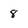
Character: 8